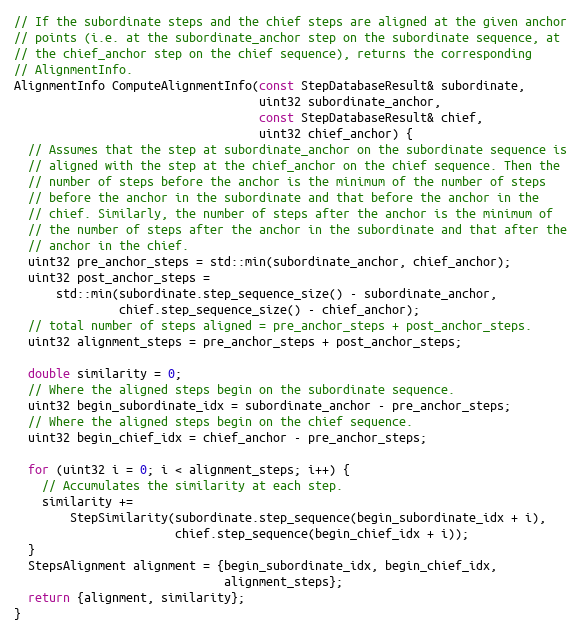
Language: C++
// If the subordinate steps and the chief steps are aligned at the given anchor
// points (i.e. at the subordinate_anchor step on the subordinate sequence, at
// the chief_anchor step on the chief sequence), returns the corresponding
// AlignmentInfo.
AlignmentInfo ComputeAlignmentInfo(const StepDatabaseResult& subordinate,
                                   uint32 subordinate_anchor,
                                   const StepDatabaseResult& chief,
                                   uint32 chief_anchor) {
  // Assumes that the step at subordinate_anchor on the subordinate sequence is
  // aligned with the step at the chief_anchor on the chief sequence. Then the
  // number of steps before the anchor is the minimum of the number of steps
  // before the anchor in the subordinate and that before the anchor in the
  // chief. Similarly, the number of steps after the anchor is the minimum of
  // the number of steps after the anchor in the subordinate and that after the
  // anchor in the chief.
  uint32 pre_anchor_steps = std::min(subordinate_anchor, chief_anchor);
  uint32 post_anchor_steps =
      std::min(subordinate.step_sequence_size() - subordinate_anchor,
               chief.step_sequence_size() - chief_anchor);
  // total number of steps aligned = pre_anchor_steps + post_anchor_steps.
  uint32 alignment_steps = pre_anchor_steps + post_anchor_steps;

  double similarity = 0;
  // Where the aligned steps begin on the subordinate sequence.
  uint32 begin_subordinate_idx = subordinate_anchor - pre_anchor_steps;
  // Where the aligned steps begin on the chief sequence.
  uint32 begin_chief_idx = chief_anchor - pre_anchor_steps;

  for (uint32 i = 0; i < alignment_steps; i++) {
    // Accumulates the similarity at each step.
    similarity +=
        StepSimilarity(subordinate.step_sequence(begin_subordinate_idx + i),
                       chief.step_sequence(begin_chief_idx + i));
  }
  StepsAlignment alignment = {begin_subordinate_idx, begin_chief_idx,
                              alignment_steps};
  return {alignment, similarity};
}